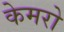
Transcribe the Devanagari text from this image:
केमरो